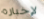
لإخباره